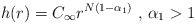
\begin{align*}h(r)=C_\infty r^{N(1-\alpha _1)}\mbox{ , }\alpha _1>1 \end{align*}